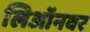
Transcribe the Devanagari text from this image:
लिऑनवर